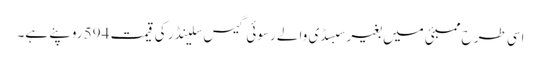
اسی طرح ممبئی میں بغیر سبسڈی والے رسوئی گیس سلینڈر کی قیمت 594 روپئے ہے۔